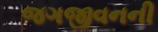
જગજીવનની